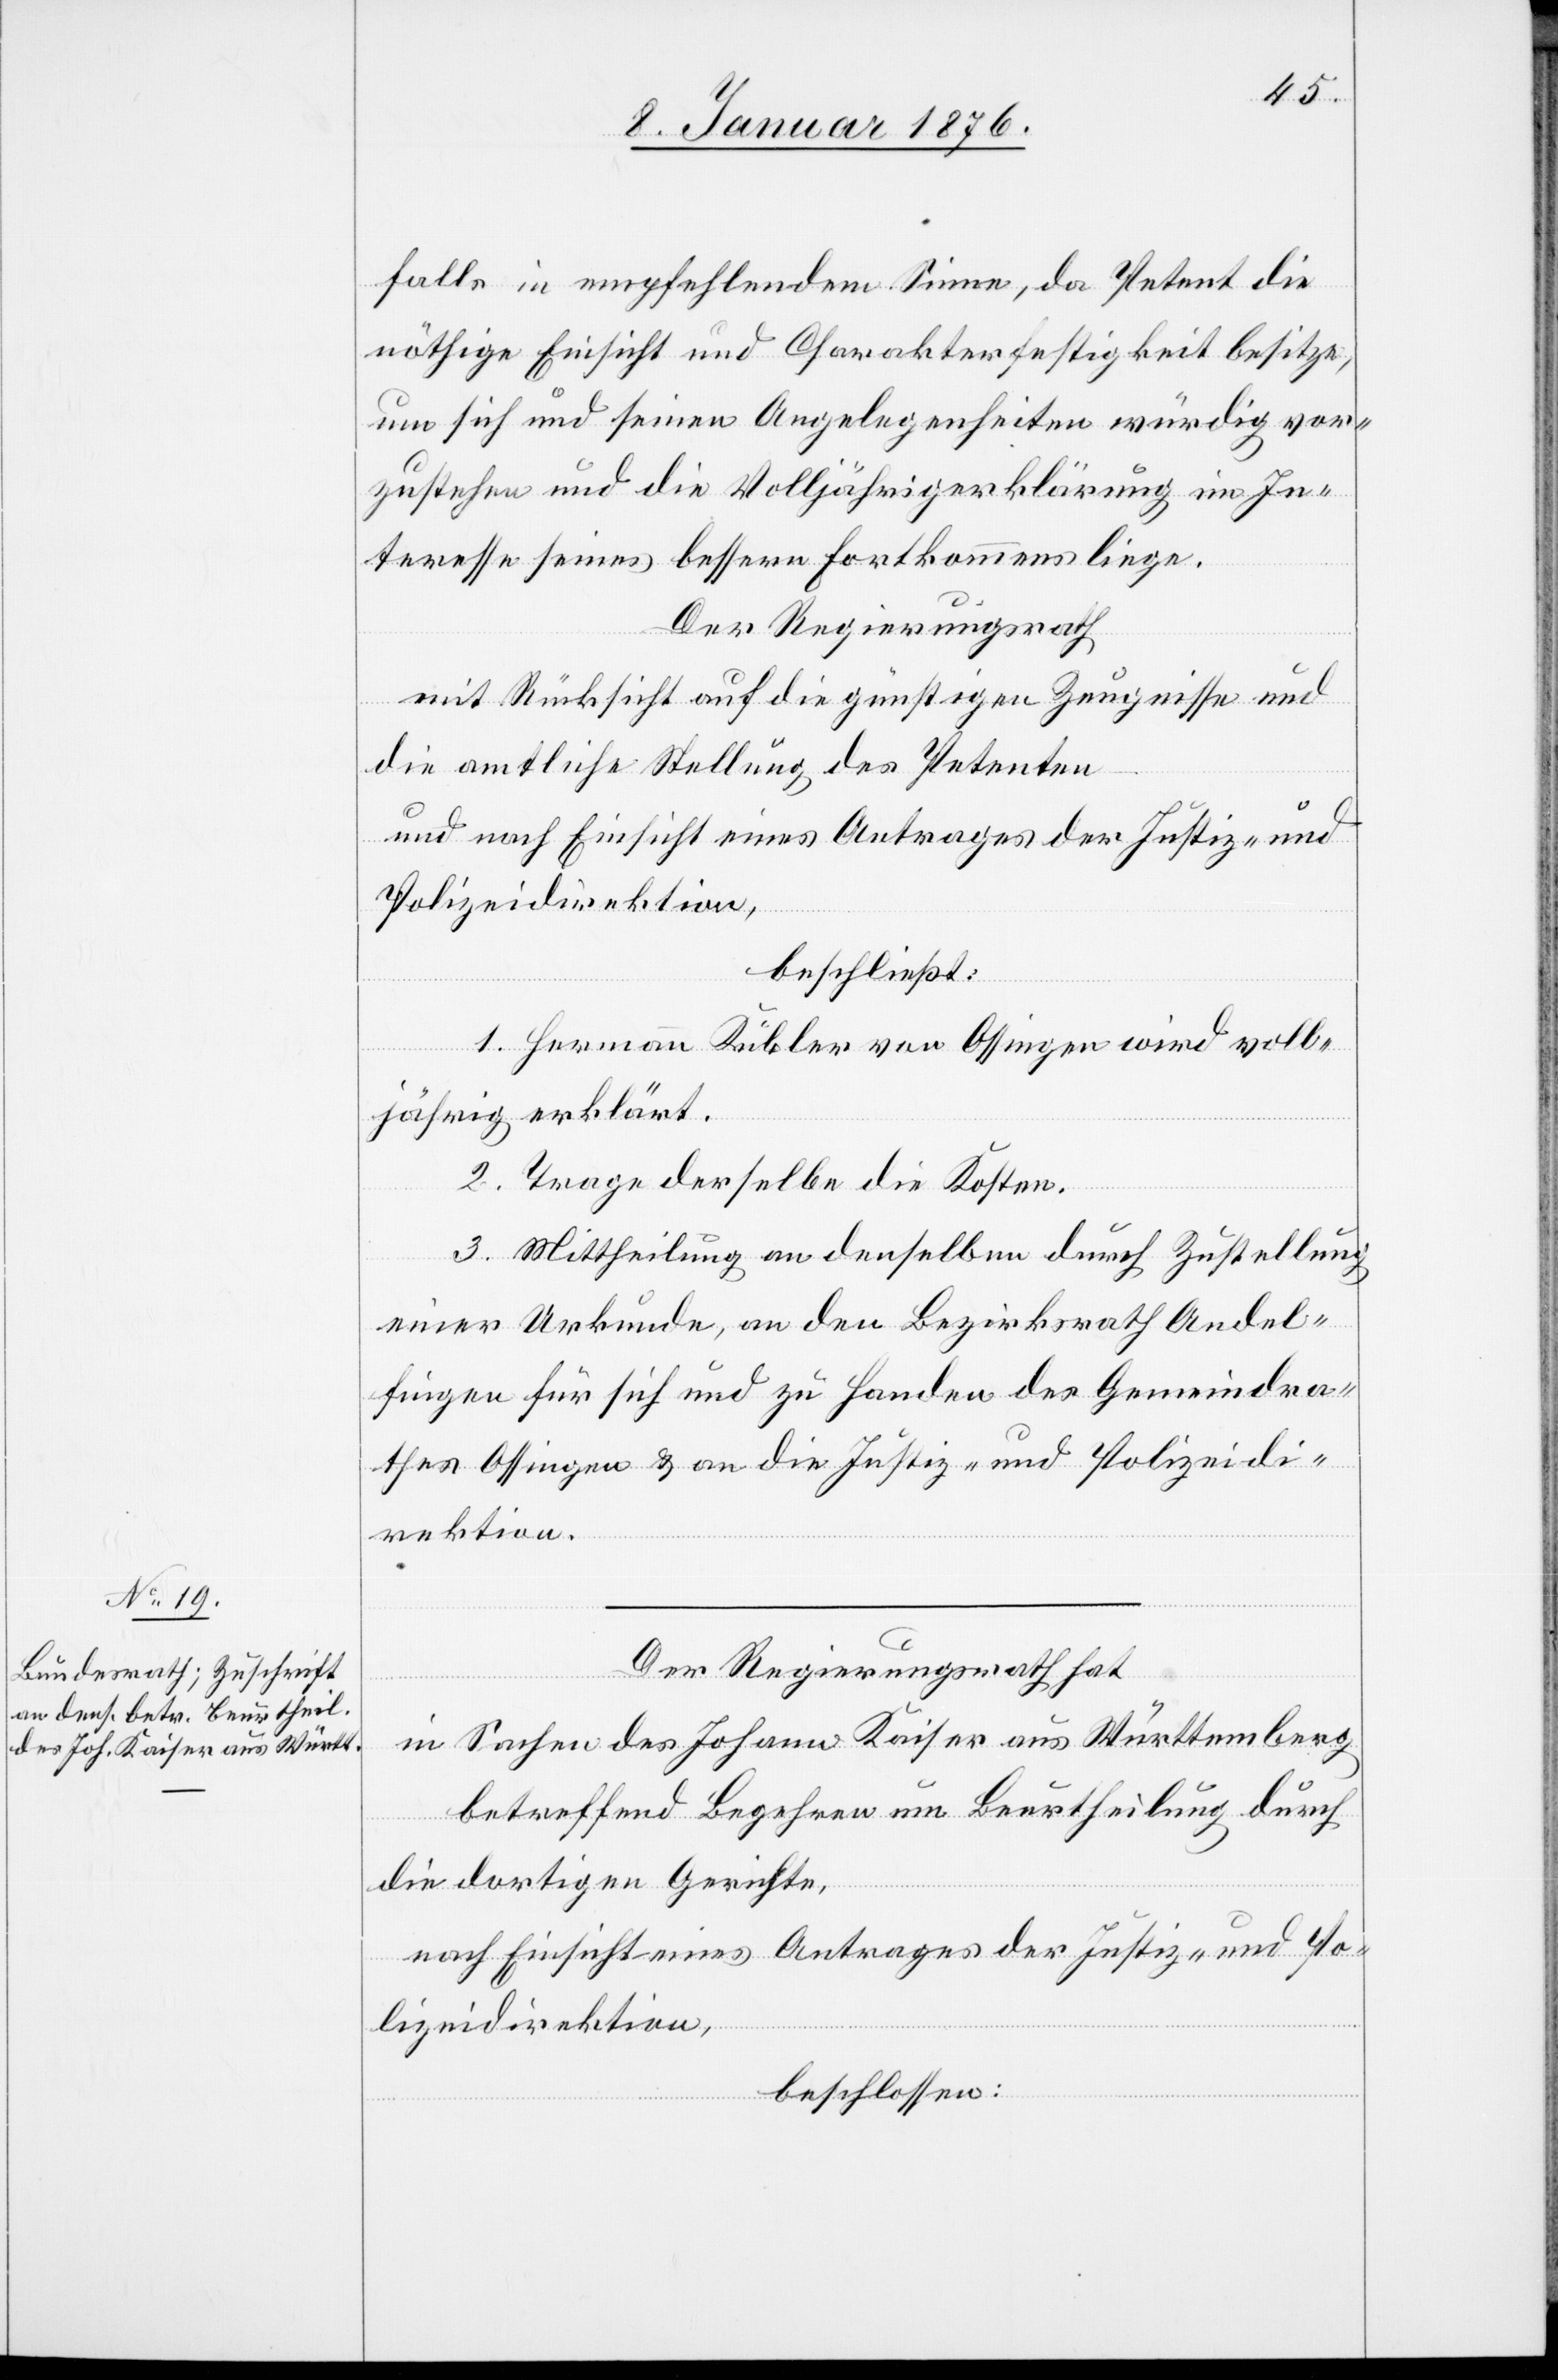
falls in empfehlendem Sinne, da Petent die
nöthige Einsicht und Charakterfestigkeit besitze,
um sich und seinen Angelegenheiten würdig vor¬
zustehen und die Volljährigerklärung im In¬
teresse seines bessern Fortkommens liege.
Der Regierungsrath
mit Rücksicht auf die günstigen Zeugnisse und
die amtliche Stellung des Petenten
und nach Einsicht eines Antrages der Justiz- und
Polizeidirektion,
beschließt:
1. Hermann Kübler von Ossingen wird voll¬
jährig erklärt.
2. Trage derselbe die Kosten.
3. Mittheilung an denselben durch Zustellung
einer Urkunde, an den Bezirksrath Andel¬
fingen für sich und zu Handen des Gemeindra¬
thes Ossingen u. an die Justiz- und Polizeidi¬
rektion.
Der Regierungsrath hat
in Sachen des Johann Kaiser aus Württemberg
betreffend Begehren um Beurtheilung durch
die dortigen Gerichte,
nach Einsicht eines Antrages der Justiz- und Po¬
lizeidirektion,
beschlossen: